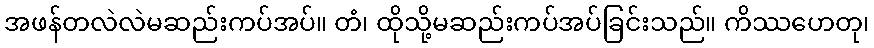
အဖန်တလဲလဲမဆည်းကပ်အပ်။ တံ၊ ထိုသို့မဆည်းကပ်အပ်ခြင်းသည်။ ကိဿဟေတု၊